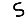
Digit: 5